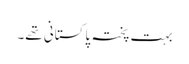
بہت پختہ پاکستانی تھے۔